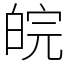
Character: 皖